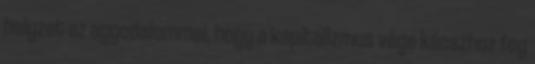
helyzet az aggodalommal, hogy a kapitalizmus vége káoszhoz fog